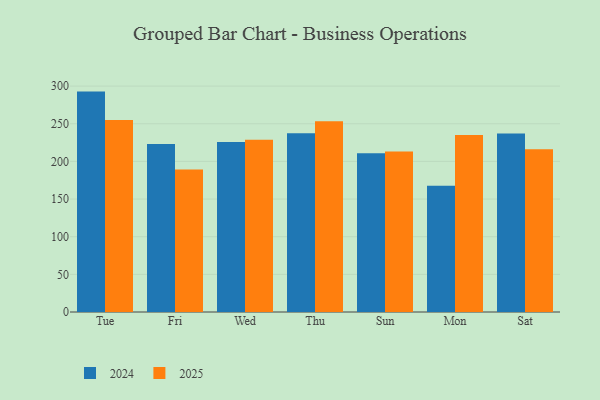
{"axis": {"x": "Day", "y": "Website Visitors"}, "legend": ["2024", "2025"], "data": [{"x": "Tue", "y": 255.1, "type": "2025"}, {"x": "Tue", "y": 292.7, "type": "2024"}, {"x": "Fri", "y": 189.1, "type": "2025"}, {"x": "Fri", "y": 223.2, "type": "2024"}, {"x": "Wed", "y": 228.7, "type": "2025"}, {"x": "Wed", "y": 225.8, "type": "2024"}, {"x": "Thu", "y": 253.2, "type": "2025"}, {"x": "Thu", "y": 237.4, "type": "2024"}, {"x": "Sun", "y": 213.0, "type": "2025"}, {"x": "Sun", "y": 210.9, "type": "2024"}, {"x": "Mon", "y": 234.9, "type": "2025"}, {"x": "Mon", "y": 167.6, "type": "2024"}, {"x": "Sat", "y": 216.3, "type": "2025"}, {"x": "Sat", "y": 236.9, "type": "2024"}]}